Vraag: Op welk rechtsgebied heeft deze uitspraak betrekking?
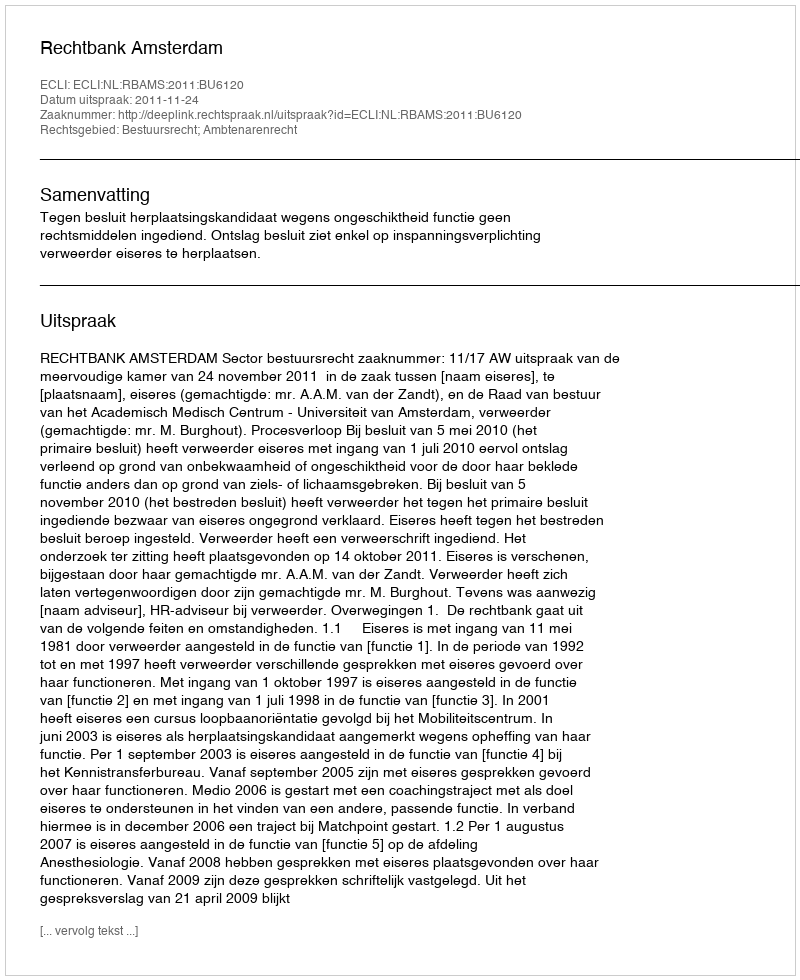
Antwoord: Bestuursrecht; Ambtenarenrecht